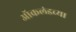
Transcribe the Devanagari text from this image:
ऑकलंडच्या